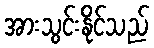
အားသွင်းနိုင်သည်